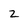
Character: 2